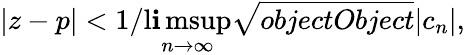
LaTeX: |z-p|<1/\operatorname*{l\mathbf{i}msup}_{n\rightarrow\infty}{\sqrt{{{objectObject}}}{{|c_{n}|}}},